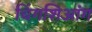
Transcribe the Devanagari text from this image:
चिंगशिआंग